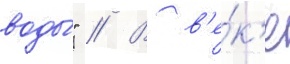
воды́" // В в'е́к'е